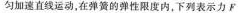
匀加速直线运动，在弹簧的弹性限度内，下列表示力F